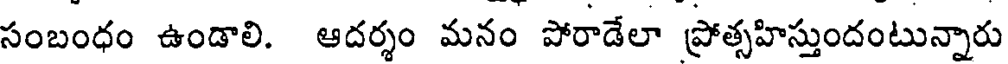
సంబంధం ఉండాలి. ఆదర్శం మనం పోరాడేలా ప్రోత్సహిస్తుందంటున్నారు